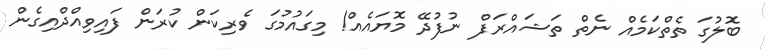
ބޮލުގަ ތެތްކަމެއް ނެތް ތަޝައްރަފް ނުފުދޭ މޮޔައެއް! މިގައުމުގަ ވެރިކަަން ކުރަން ފައިވިއްދްއިގެން